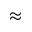
\approx